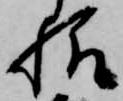
様